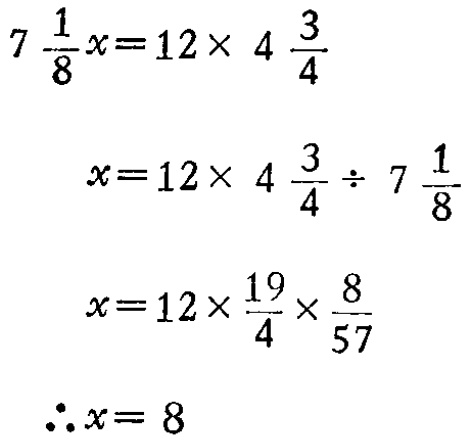
\[

\begin{align*}

7\frac{1}{8}x&=12\times4\frac{3}{4}\\

x&=12\times4\frac{3}{4}\div7\frac{1}{8}\\

x&=12\times\frac{19}{4}\times\frac{8}{57}\\

\therefore x&= 8

\end{align*}

\]